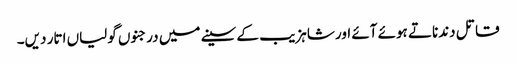
قاتل دندناتے ہوئے آئے اور شاہزیب کے سینے میں درجنوں گولیاں اتار دیں۔